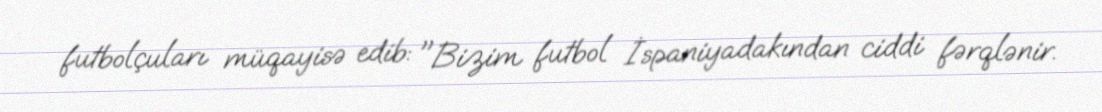
futbolçuları müqayisə edib: "Bizim futbol İspaniyadakından ciddi fərqlənir.